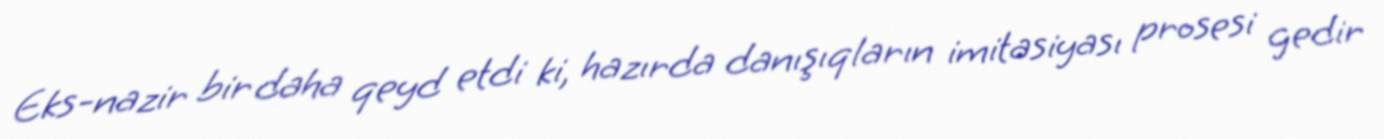
Eks-nazir bir daha qeyd etdi ki, hazırda danışıqların imitasiyası prosesi gedir